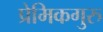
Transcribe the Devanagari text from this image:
प्रेमिकगुरु